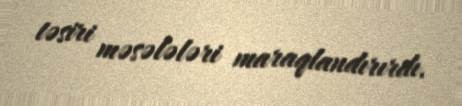
təsiri məsələləri maraqlandırırdı.